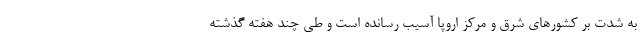
به شدت بر کشورهای شرق و مرکز اروپا آسیب رسانده است و طی چند هفته گذشته